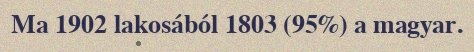
Ma 1902 lakosából 1803 (95%) a magyar.